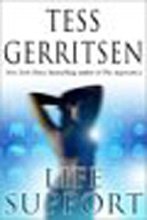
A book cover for Life Support; Tess Gerritsen; Mystery, Thriller & Suspense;